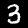
Label: 3